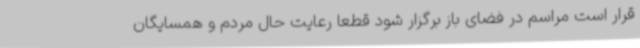
قرار است مراسم در فضای باز برگزار شود قطعاً رعایت حال مردم و همسایگان